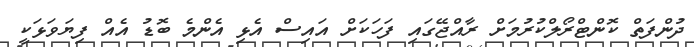
ދުންފަތް ކޮންޓްރޯލްކުރުމަށް ރާއްޖޭގައި ފަހަކަށް އައިސް އެޅި އެންމެ ބޮޑު އެއް ފިޔަވަޅަކީ